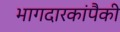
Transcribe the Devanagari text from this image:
भागदारकांपैकी